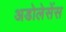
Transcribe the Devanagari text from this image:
अडोलेसेंस